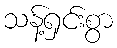
သန့်ရှင်းစွာ